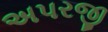
અપરજી